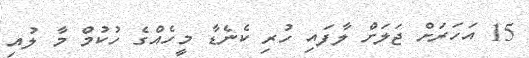
15 އަހަރަށް ޖަލަށް ލާފައި ހުރި ކެނެޑާ މީހެއްގެ ހުކުމް މާ ލުއި